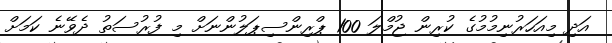
އަދި މިއަހަރުނިމުމުގެ ކުރިން ޖުމްލަ 100 ޕްރިންސިޕަލުންނަށް މި ފުރުސަތު ދެވޭނެ ކަމަށް